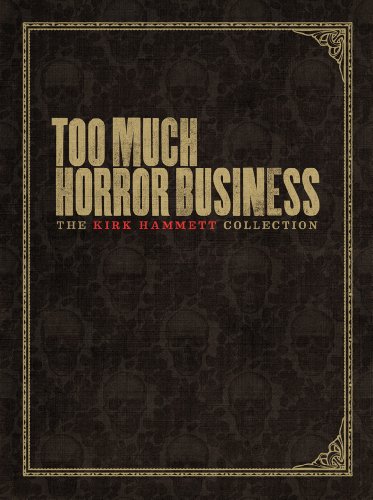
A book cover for Too Much Horror Business; Kirk Hammett; Humor & Entertainment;